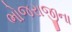
ભોજરાજીના